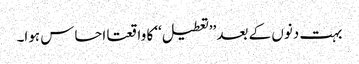
بہت دنوں کے بعد ’’تعطیل‘‘ کا واقعتا احساس ہوا۔